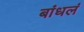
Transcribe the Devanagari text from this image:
बांधलं